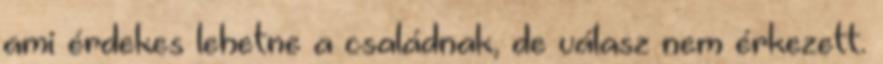
ami érdekes lehetne a családnak, de válasz nem érkezett.